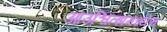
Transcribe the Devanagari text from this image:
आउश्वित्झमध्येच